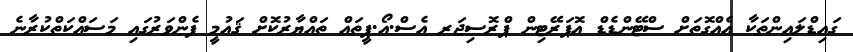
ގައިޑްލައިންތަކާ އެއްގޮތަށް ސްޓޭންޑެޑް އޮޕަރޭޓިން ޕްރޮސިޖަރ އެސް.އޯ.ޕީތައް ތައްޔާރުކޮށް ޤައުމީ ފެންވަރުގައި މަސައްކަތްކުރާނެ